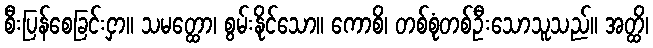
စီးပြန်စေခြင်းငှာ။ သမတ္ထော၊ စွမ်းနိုင်သော။ ကောစိ၊ တစ်စုံတစ်ဦးသောသူသည်။ အတ္ထိ၊